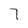
Character: 7